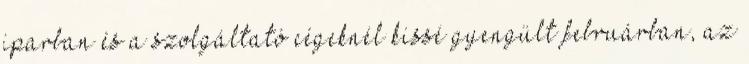
iparban és a szolgáltató cégeknél kissé gyengült februárban, az